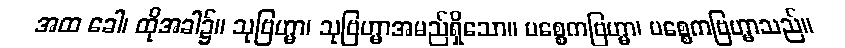
အထ ခေါ၊ ထိုအခါ၌။ သုဗြဟ္မာ၊ သုဗြဟ္မာအမည်ရှိသော။ ပစ္စေကဗြဟ္မာ၊ ပစ္စေကဗြဟ္မာသည်။